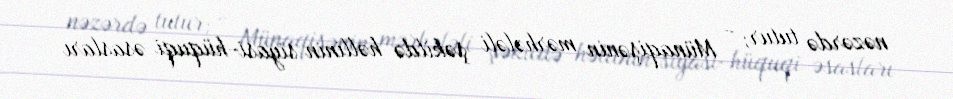
nəzərdə tutur; - Münaqişənin mərhələli şəkildə həllinin siyasi-hüquqi əsasları